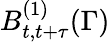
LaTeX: B_{t,t+\tau}^{(1)}(\Gamma)